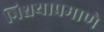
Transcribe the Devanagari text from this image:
निश्चयाप्रमाणे